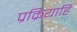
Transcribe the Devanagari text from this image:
प्रक्रियाहि